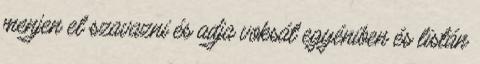
menjen el szavazni és adja voksát egyéniben és listán